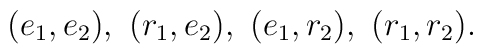
(e_1, e_2),~ (r_1, e_2),~ (e_1, r_2),{}~ (r_1, r_2).